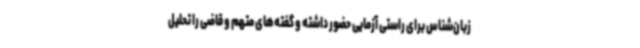
زبان‌شناس برای راستی آزمایی حضور داشته و گفته‌های متهم و قاضی را تحلیل